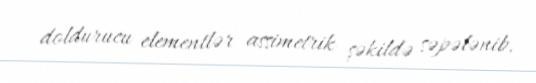
doldurucu elementlər assimetrik şəkildə səpələnib.